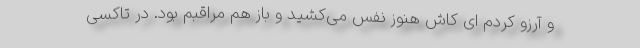
و آرزو کردم ای کاش هنوز نفس می‌کشید و باز هم مراقبم بود. در تاکسی